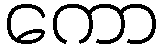
ကော